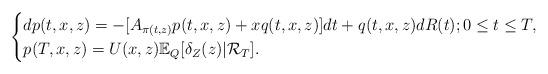
LaTeX: \begin{align*}\begin{cases}dp(t,x,z)= -[A_{\pi(t,z)}p(t,x,z)+xq(t,x,z)] dt + q(t,x,z) dR(t); 0 \leq t \leq T,\\p(T,x,z)=U(x,z)\mathbb{E}_{Q}[\delta_{Z}(z)|\mathcal{R}_T].\end{cases}\end{align*}